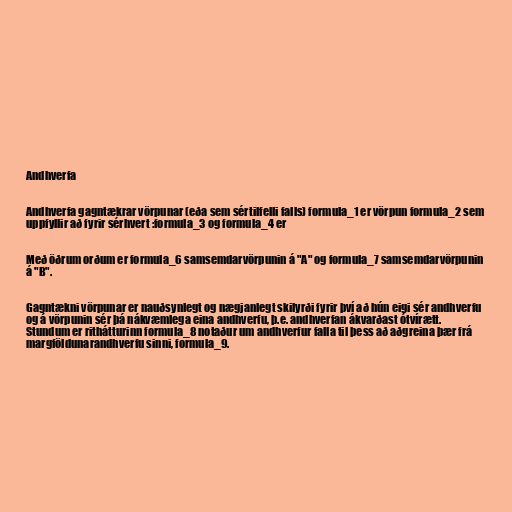
Andhverfa

Andhverfa gagntækrar vörpunar (eða sem sértilfelli falls) formula_1 er vörpun formula_2 sem
uppfyllir að fyrir sérhvert :formula_3 og formula_4 er

Með öðrum orðum er formula_6 samsemdarvörpunin á "A" og formula_7 samsemdarvörpunin
á "B".

Gagntækni vörpunar er nauðsynlegt og nægjanlegt skilyrði fyrir því að hún eigi sér andhverfu
og á vörpunin sér þá nákvæmlega eina andhverfu, þ.e. andhverfan ákvarðast ótvírætt.
Stundum er rithátturinn formula_8 notaður um andhverfur falla til þess að aðgreina þær frá
margföldunarandhverfu sinni, formula_9.